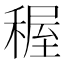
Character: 𥟽